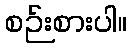
စဉ်းစားပါ။